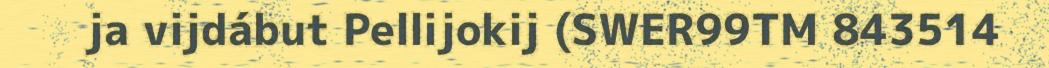
ja vijdábut Pellijokij (SWER99TM 843514